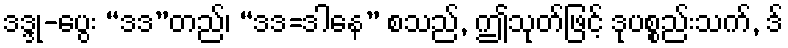
ဒဒ္ဒု-ပွေး “ဒဒ”တည်၊ “ဒဒ=ဒါနေ” စသည်, ဤသုတ်ဖြင့် ဒုပစ္စည်းသက်, ဒ်